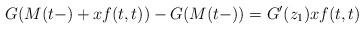
LaTeX: \begin{align*} \begin{aligned} G(M(t-)+xf(t,t))-G(M(t-)) = G'(z_1)xf(t,t) \end{aligned}\end{align*}